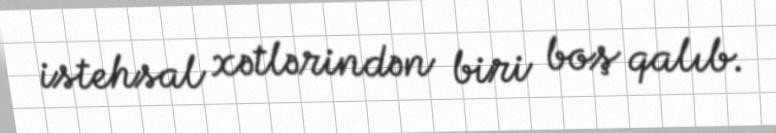
istehsal xətlərindən biri boş qalıb.